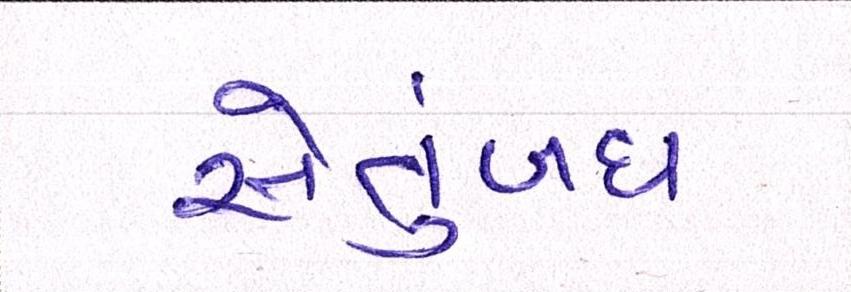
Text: સેતુબંધ